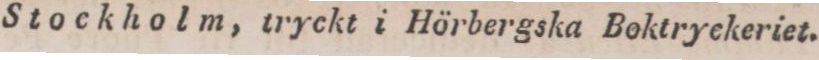
Stockholm, tryckt i Hörbergska Boktryckeriet.